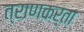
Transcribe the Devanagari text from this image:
त्राणकर्ता